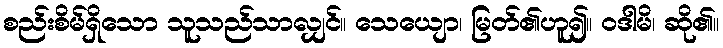
စည်းစိမ်ရှိသော သူသည်သာလျှင်။ သေယျော၊ မြတ်၏ဟူ၍။ ဝဒါမိ၊ ဆို၏။